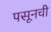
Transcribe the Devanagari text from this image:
पसूनची